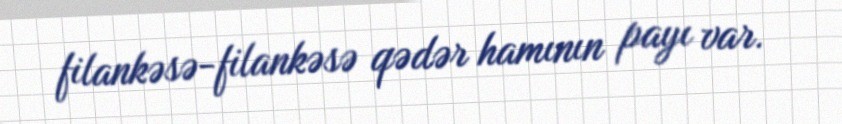
filankəsə-filankəsə qədər hamının payı var.